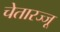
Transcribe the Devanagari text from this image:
चेतारज्जू